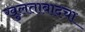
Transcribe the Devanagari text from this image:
खुलताबादचा